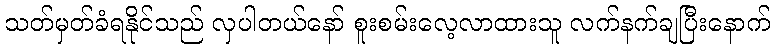
သတ်မှတ်ခံရနိုင်သည် လှပါတယ်နော် စူးစမ်းလေ့လာထားသူ လက်နက်ချပြီးနောက်